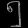
Digit: ၅